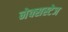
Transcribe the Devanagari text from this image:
नेक्सस्टेज